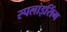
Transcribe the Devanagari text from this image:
स्पलाइसिंग